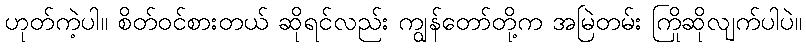
ဟုတ်ကဲ့ပါ။ စိတ်ဝင်စားတယ် ဆိုရင်လည်း ကျွန်တော်တို့က အမြဲတမ်း ကြိုဆိုလျက်ပါပဲ။